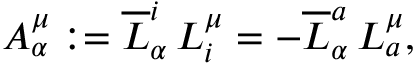
A _ { \alpha } ^ { \mu } : = \overline { { { L } } } _ { \alpha } ^ { i } \, L _ { i } ^ { \mu } = - \overline { { { L } } } _ { \alpha } ^ { a } \, L _ { a } ^ { \mu } ,